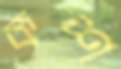
কশ